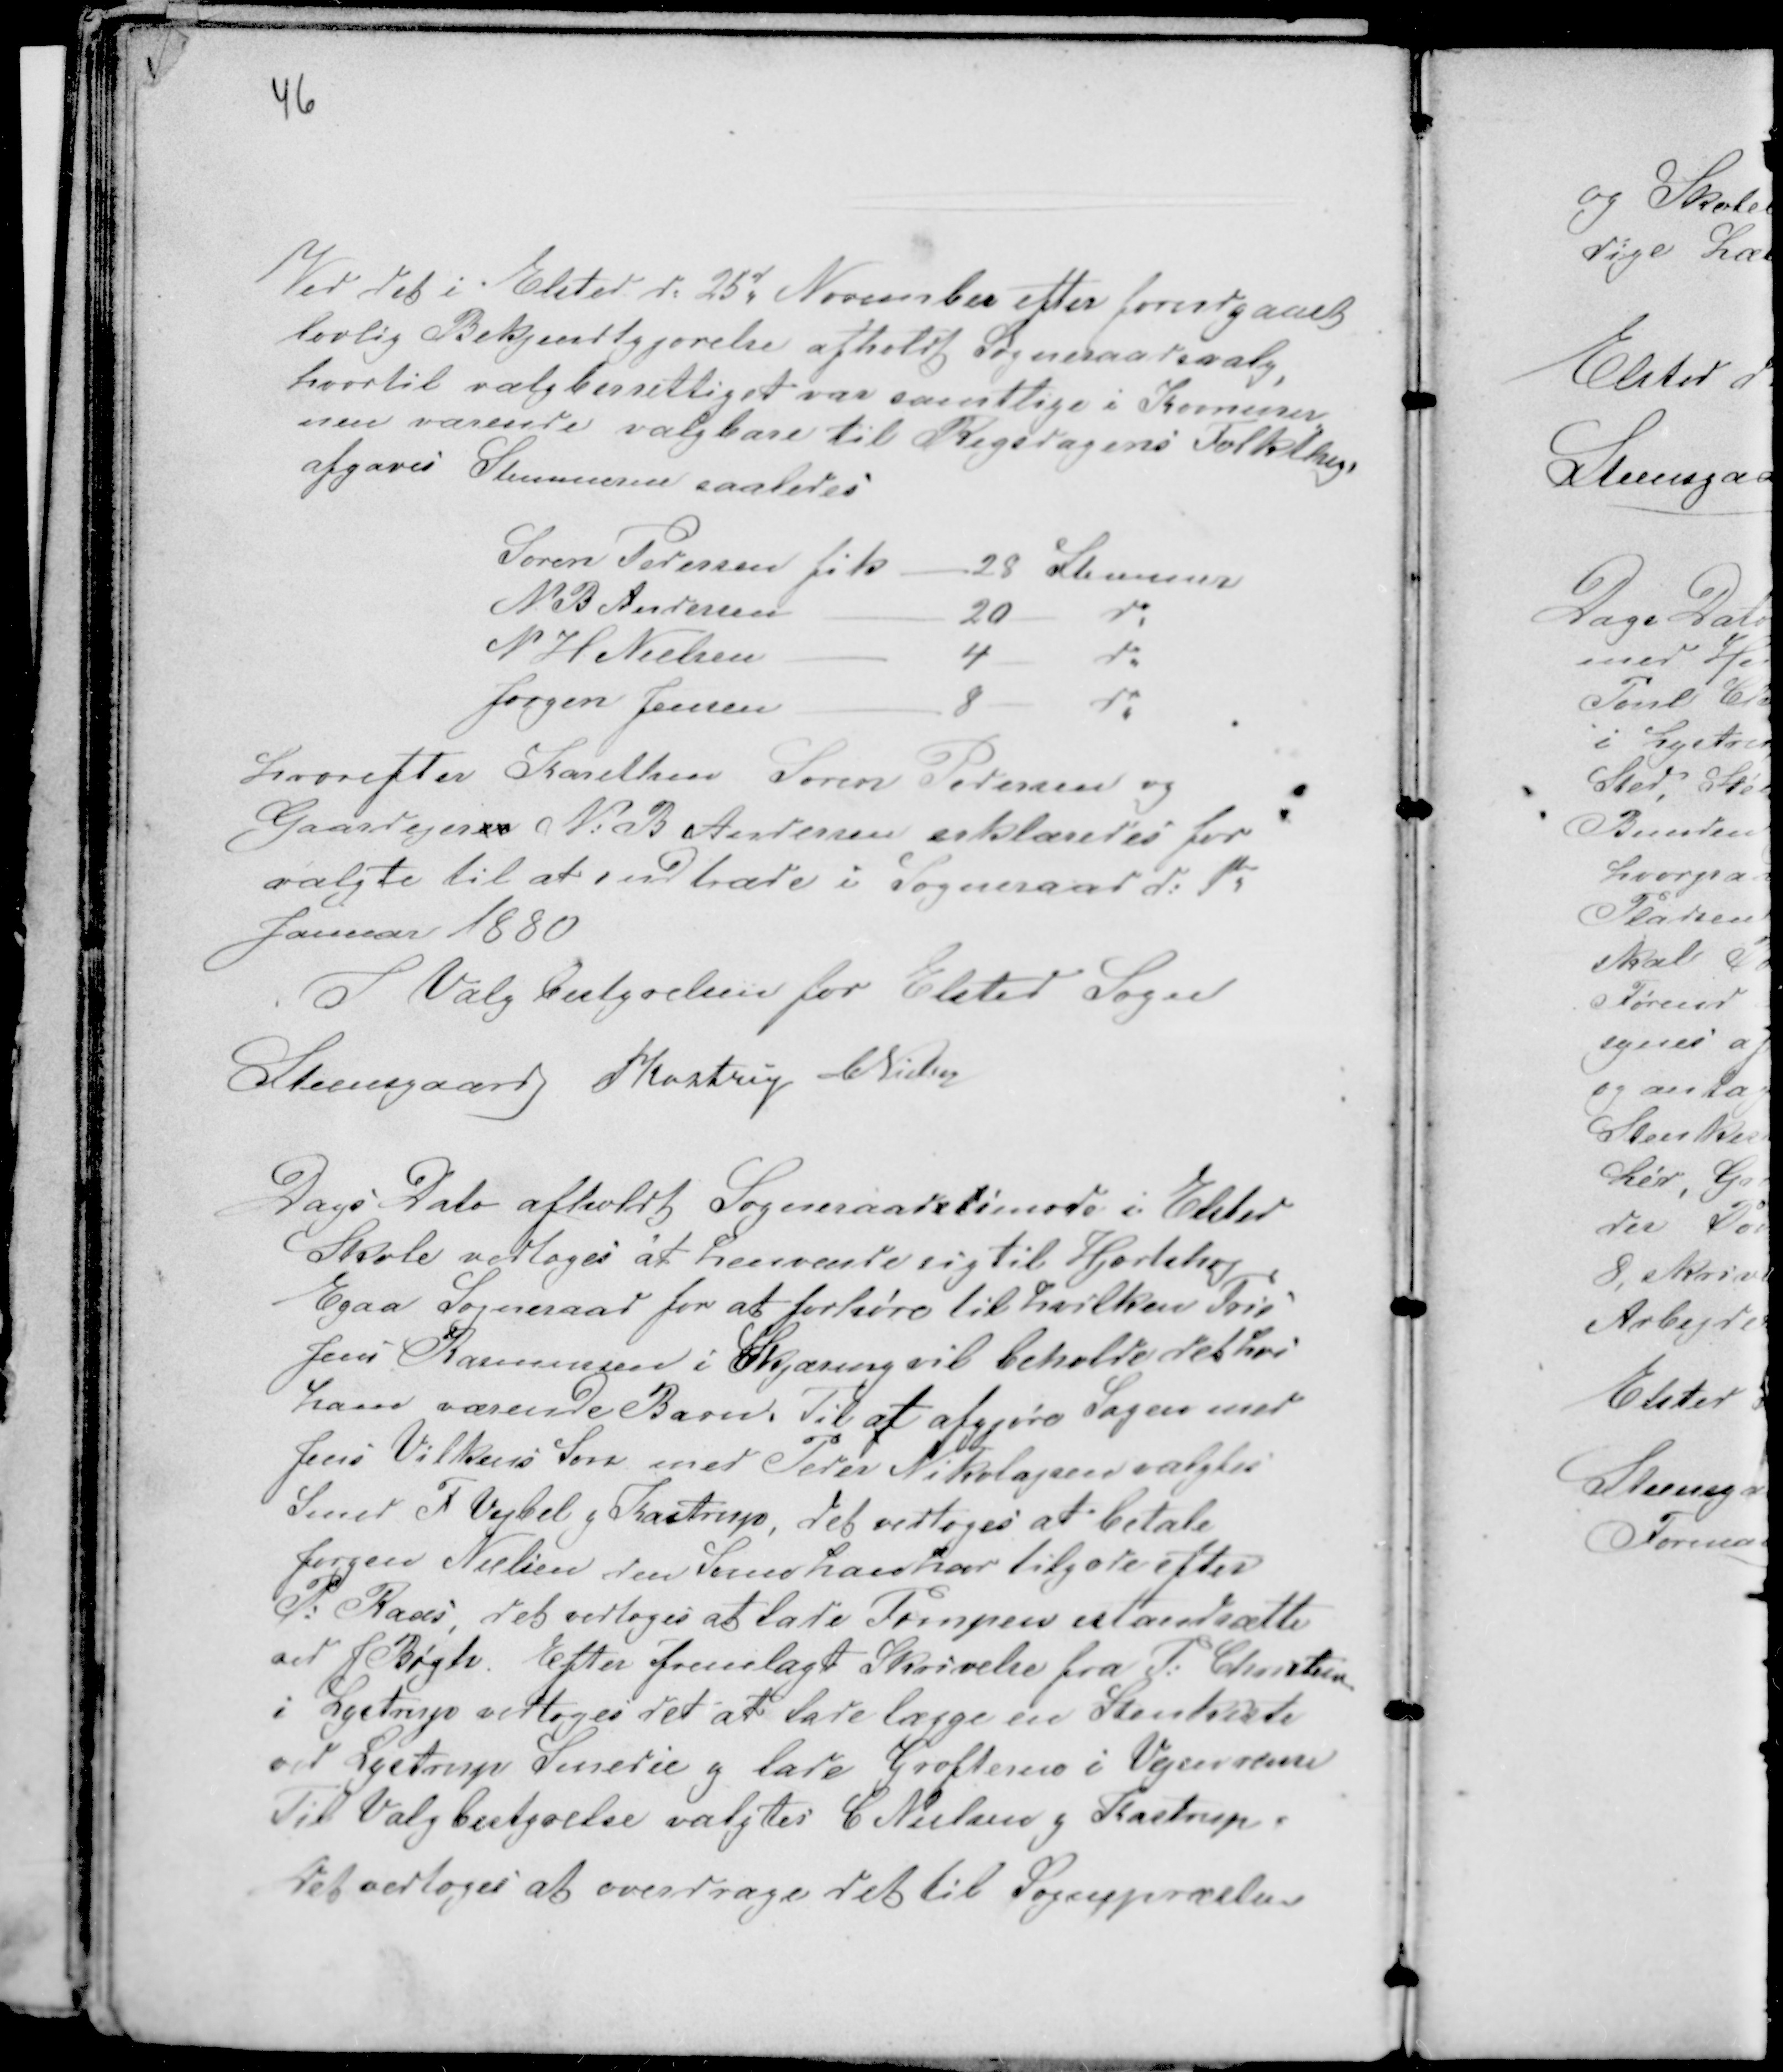
Transskription:
46

Ved det i Elsted d: 25d November efter forudgaaet
lovlig Bekjendtgjørelse afholdt Sogneraadsvalg,
hvortil valgberettiget var samtlige i Kommu
nen værende valgbare til Rigsdagens Folkthigs
afgaves Stemmerne saaledes

Hvorefter Karethm Søren Pedersen og
Gaardejerer N: B Andersen erklæredes for
valgte til at indtræde i Sogneraad d: 1te
Januar 1880
I Valgbestyrelsen for Elsted Sogn
Steensgaard PKastrup CNielsen

Dags Dato afholdt Sogneraadsmøde i Elsted
Skole vedtoges at henvende sig til Hjortshøj
Egaa Sogneraad for at forhøre til hvilken Pris
Jens Rasmussen i Skjæring vil beholde det hos
ham værende Barn. Til af afgjøre Sagen med
Jens Vilkens Søn med Peder Nikolajsen valgtes
Smed F Vejbel g Kastrup, det vedtoges at betale
Jørgen Nielsen den Sum han har tilgode efter
P: Kaas, det vedtoges at lade Pompen istandsætte
ved J Bøgh. Efter fremlagt Skrivelse fra P: Christen
i Lystrup vedtoges det at lægge en Stenkiste
ved Lystrup Smedie g lade Grøfterne i Vejen rense
Til Valgbestyrelse valgtes C Nielsen g Kastrup.
Det vedtoges at overdrage det til Sognepræsten